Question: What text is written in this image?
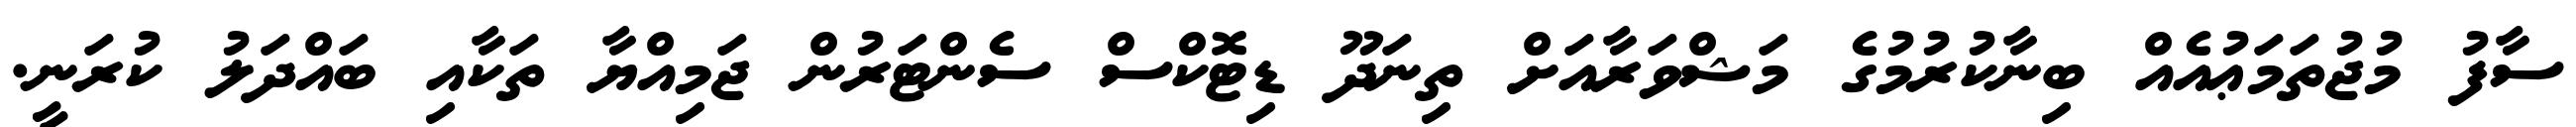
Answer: ސާފު މުޖުތަމަޢުއެއް ބިނާކުރުމުގެ މަޝްވަރާއަށް ތިނަދޫ ޑިޓޮކްސް ސެންޓަރުން ޖަމިއްޔާ ތަކާއި ބައްދަލު ކުރަނީ.